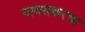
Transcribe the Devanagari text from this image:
गावसकरचा